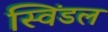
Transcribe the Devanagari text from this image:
स्विंडल